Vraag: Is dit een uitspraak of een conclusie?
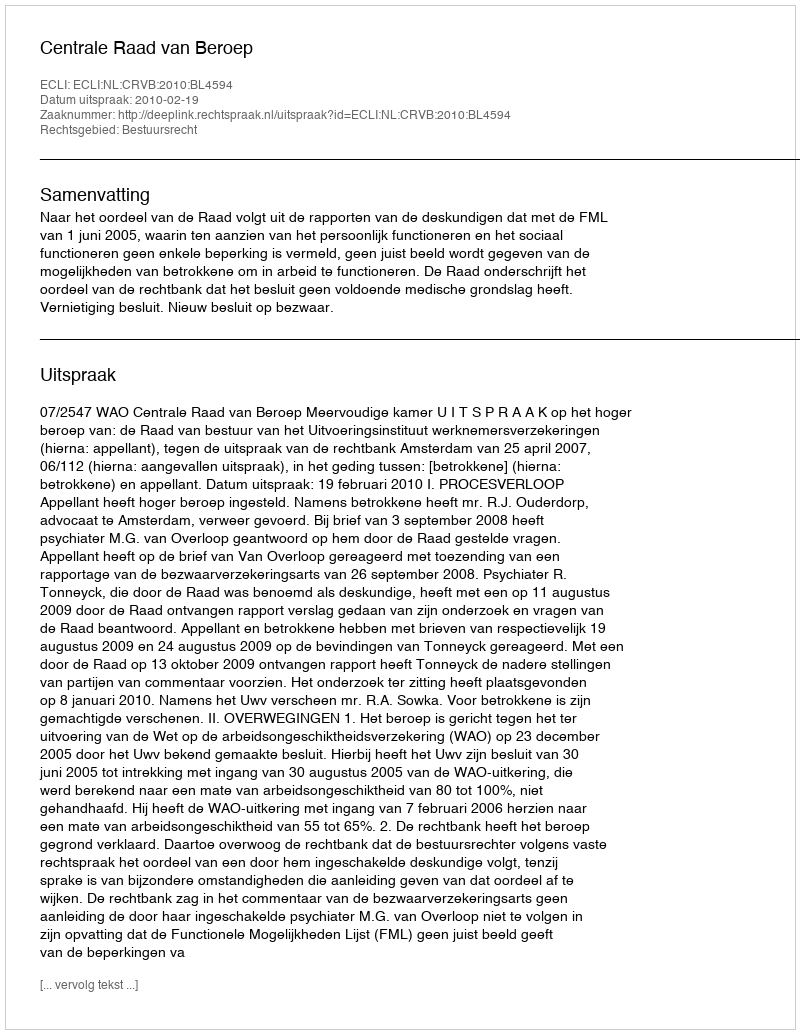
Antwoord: Uitspraak